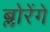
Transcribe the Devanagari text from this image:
ब्लोरेंगे